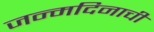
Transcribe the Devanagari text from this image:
जन्मदिनाची